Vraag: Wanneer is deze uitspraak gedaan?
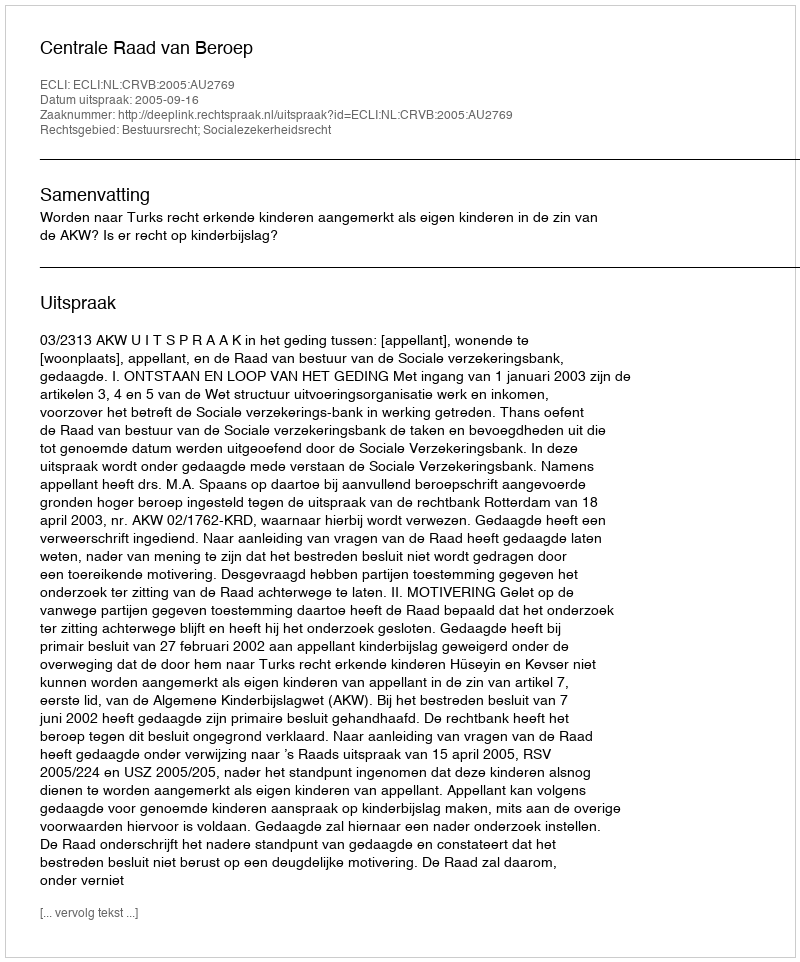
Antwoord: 2005-09-16